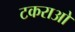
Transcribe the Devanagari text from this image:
टकराओ